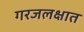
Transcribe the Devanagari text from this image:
गरजलक्षात